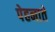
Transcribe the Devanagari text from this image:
पेहनाते